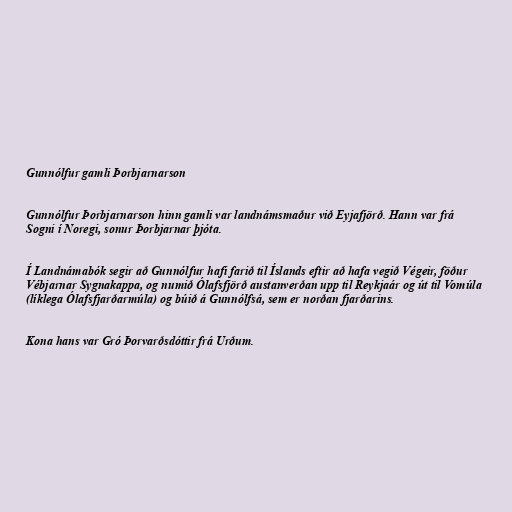
Gunnólfur gamli Þorbjarnarson

Gunnólfur Þorbjarnarson hinn gamli var landnámsmaður við Eyjafjörð. Hann var frá
Sogni í Noregi, sonur Þorbjarnar þjóta.

Í Landnámabók segir að Gunnólfur hafi farið til Íslands eftir að hafa vegið Végeir, föður
Vébjarnar Sygnakappa, og numið Ólafsfjörð austanverðan upp til Reykjaár og út til Vomúla
(líklega Ólafsfjarðarmúla) og búið á Gunnólfsá, sem er norðan fjarðarins.

Kona hans var Gró Þorvarðsdóttir frá Urðum.